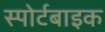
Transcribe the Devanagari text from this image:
स्पोर्टबाइक